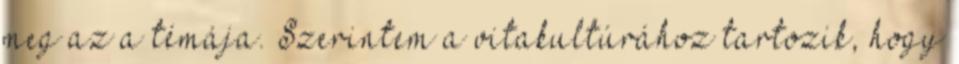
meg az a témája. Szerintem a vitakultúrához tartozik, hogy